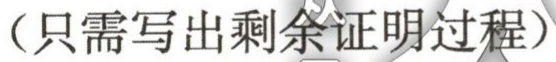
（只需写出剩余证明过程）